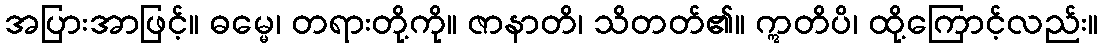
အပြားအာဖြင့်။ ဓမ္မေ၊ တရားတို့ကို။ ဇာနာတိ၊ သိတတ်၏။ ဣတိပိ၊ ထို့ကြောင့်လည်း။